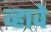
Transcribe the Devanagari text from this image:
व्‍हावे